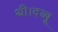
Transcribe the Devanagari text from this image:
थी।दब्बू